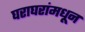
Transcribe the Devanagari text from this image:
घराघरांमधून